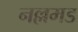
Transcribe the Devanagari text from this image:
नल्लमड